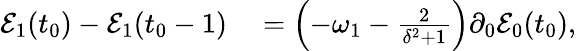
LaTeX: \begin{array}{rl}{\mathcal{E}_{1}(t_{0})-\mathcal{E}_{1}(t_{0}-1)}&{{}=\left(-\omega_{1}-\frac{2}{\delta^{2}+1}\right)\partial_{0}\mathcal{E}_{0}(t_{0}),}\end{array}